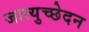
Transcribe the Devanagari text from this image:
जात्युच्छेदन